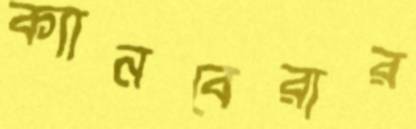
ক্যানবেরার